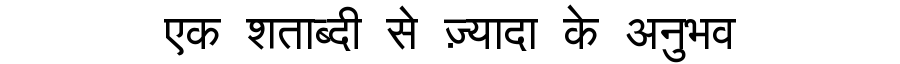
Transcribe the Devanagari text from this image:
एक शताब्दी से ज़्यादा के अनुभव